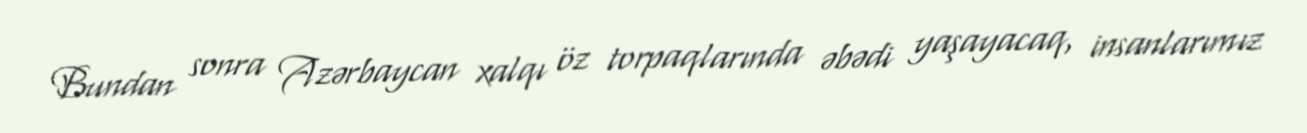
Bundan sonra Azərbaycan xalqı öz torpaqlarında əbədi yaşayacaq, insanlarımız